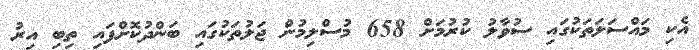
އެކި މައްސަލަތަކުގައި ސުވާލު ކުރުމަށް 658 މުސްލިމުން ޖަލުތަކުގައި ބަންދުކޮށްފައި ތިބި އިރު